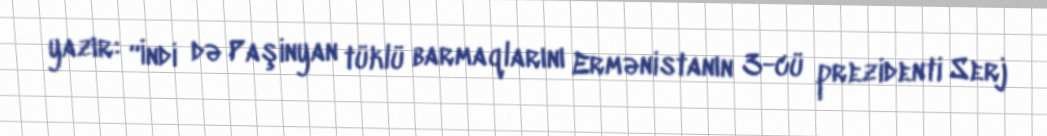
yazır: “İndi də Paşinyan tüklü barmaqlarını Ermənistanın 3-cü prezidenti Serj